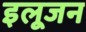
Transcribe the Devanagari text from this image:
इलूजन